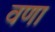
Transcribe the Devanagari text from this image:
वणा